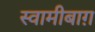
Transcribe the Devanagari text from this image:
स्वामीबाग़